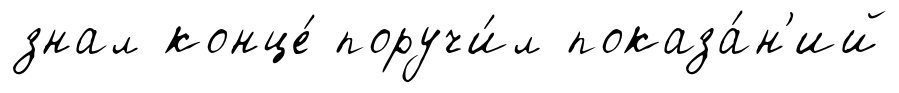
знал конце́ поручи́л показа́н'ий